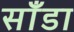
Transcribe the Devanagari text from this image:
साँडा